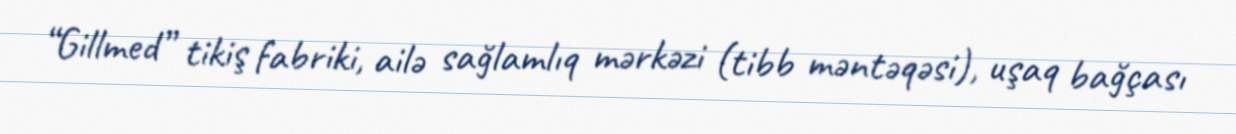
“Gillmed” tikiş fabriki, ailə sağlamlıq mərkəzi (tibb məntəqəsi), uşaq bağçası